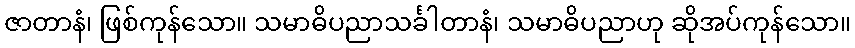
ဇာတာနံ၊ ဖြစ်ကုန်သော။ သမာဓိပညာသင်္ခါတာနံ၊ သမာဓိပညာဟု ဆိုအပ်ကုန်သော။